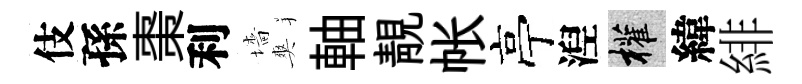
伎孫棗利墻爽軸靚帐亭湼權緯緋